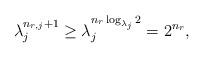
LaTeX: \begin{align*}\lambda_{j}^{n_{r,j}+1}\geq \lambda_j^{n_r\log_{\lambda_j}2}= 2^{n_r},\end{align*}